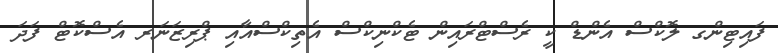
ފައިޓިންގ ލޮކްސް އެންޑް ކީ ރެސްޓްރައިން ޓެކްނިކްސް އެތިކްސްއާއި ޕްރިޒަނަރ އެސްކޮޓް ފަދަ